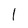
Character: 1